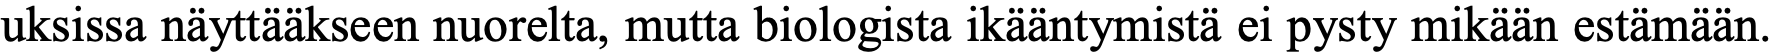
uksissa näyttääkseen nuorelta, mutta biologista ikääntymistä ei pysty mikään estämään.